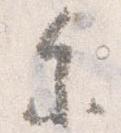
参